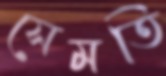
সেমতি